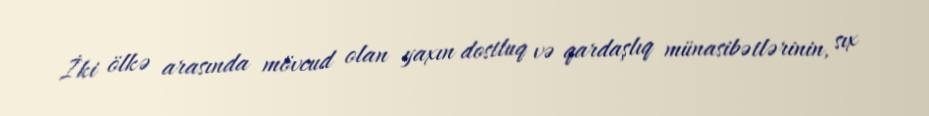
İki ölkə arasında mövcud olan yaxın dostluq və qardaşlıq münasibətlərinin, sıx